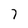
Character: 7